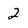
Character: 2